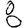
Digit: 8